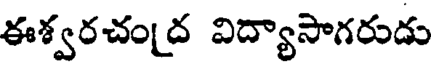
ఈశ్వరచం[ద విద్యాసాగరుడు